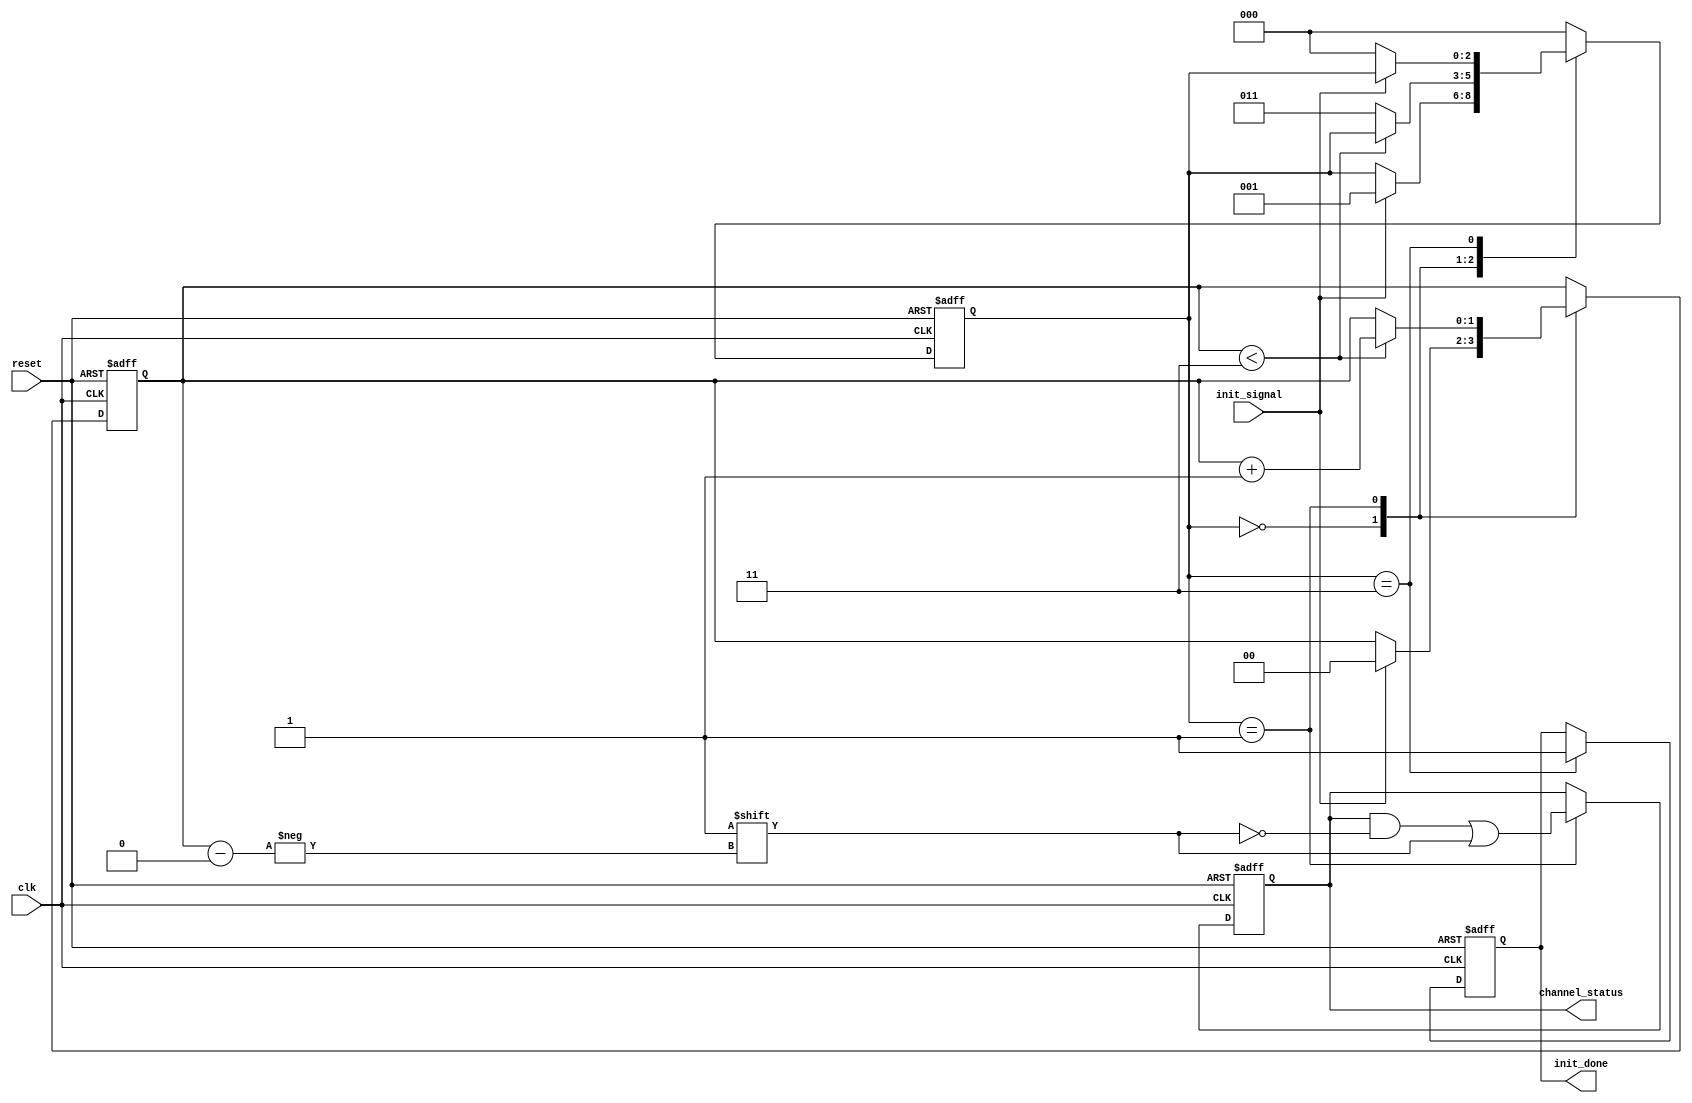
module multi_channel_init #(
    parameter CHANNEL_COUNT = 4  // Parameter for number of channels
) (
    input wire clk,                // Clock signal
    input wire reset,              // Active-high reset signal
    input wire init_signal,        // Control signal to trigger initialization
    output reg [CHANNEL_COUNT-1:0] channel_status, // Status of each channel
    output reg init_done           // Initialization completion flag
);

    reg [clog2(CHANNEL_COUNT)-1:0] current_channel; // Current channel index
    reg [2:0] state;            // State for initialization FSM
    localparam IDLE       = 3'd0,
               INIT       = 3'd1,
               WAIT       = 3'd2,
               COMPLETE    = 3'd3;

    // Function to calculate log2
    function integer clog2;
        input integer value;
        begin
            clog2 = 0;
            while (2**clog2 < value) begin
                clog2 = clog2 + 1;
            end
        end
    endfunction

    // Initialization Process
    always @(posedge clk or posedge reset) begin
        if (reset) begin
            channel_status <= 0; // Reset all channel statuses
            current_channel <= 0; // Reset current channel index
            init_done <= 0; // Reset initialization done flag
            state <= IDLE; // Go to IDLE state
        end else begin
            case (state)
                IDLE: begin
                    if (init_signal) begin
                        current_channel <= 0;
                        state <= INIT; // Transition to INIT state
                    end
                end

                INIT: begin
                    // Initialize the current channel
                    channel_status[current_channel] <= 1'b1; // Mark channel as initialized
                    
                    // Check if all channels have been initialized
                    if (current_channel < CHANNEL_COUNT - 1) begin
                        current_channel <= current_channel + 1; // Move to next channel
                    end else begin
                        state <= COMPLETE; // All channels initialized, go to COMPLETE state
                    end
                end
                
                COMPLETE: begin
                    init_done <= 1; // Set the initialization done flag
                    if (!init_signal) begin
                        state <= IDLE; // Return to IDLE if init_signal is deasserted
                    end
                end
                
                default: state <= IDLE; // Default case to prevent latch
            endcase
        end
    end
endmodule